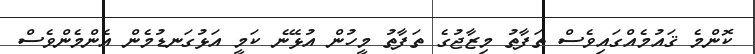
ކޮންމެ ޤައުމެއްގައިވެސް ތަފާތު މިޒާޖުގެ ތަފާތު މީހުން އުޅޭނެ ކަމީ އަޅުގަނޑުމެން އެންމެންވެސް